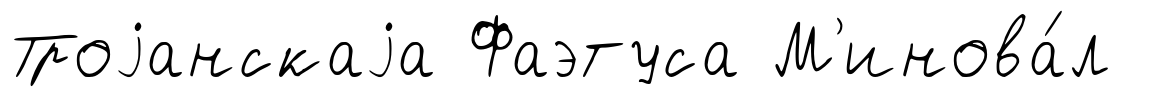
Троjанскаjа Фаэтуса М'инова́л